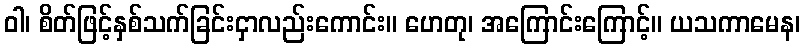
ဝါ၊ စိတ်ဖြင့်နှစ်သက်ခြင်းငှာလည်းကောင်း။ ဟေတု၊ အကြောင်းကြောင့်။ ယသကာမေန၊